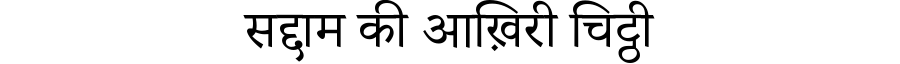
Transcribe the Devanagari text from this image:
सद्दाम की आख़िरी चिट्ठी